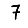
Digit: 7